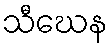
သီဃေန